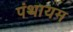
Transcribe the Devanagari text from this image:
पंथायम